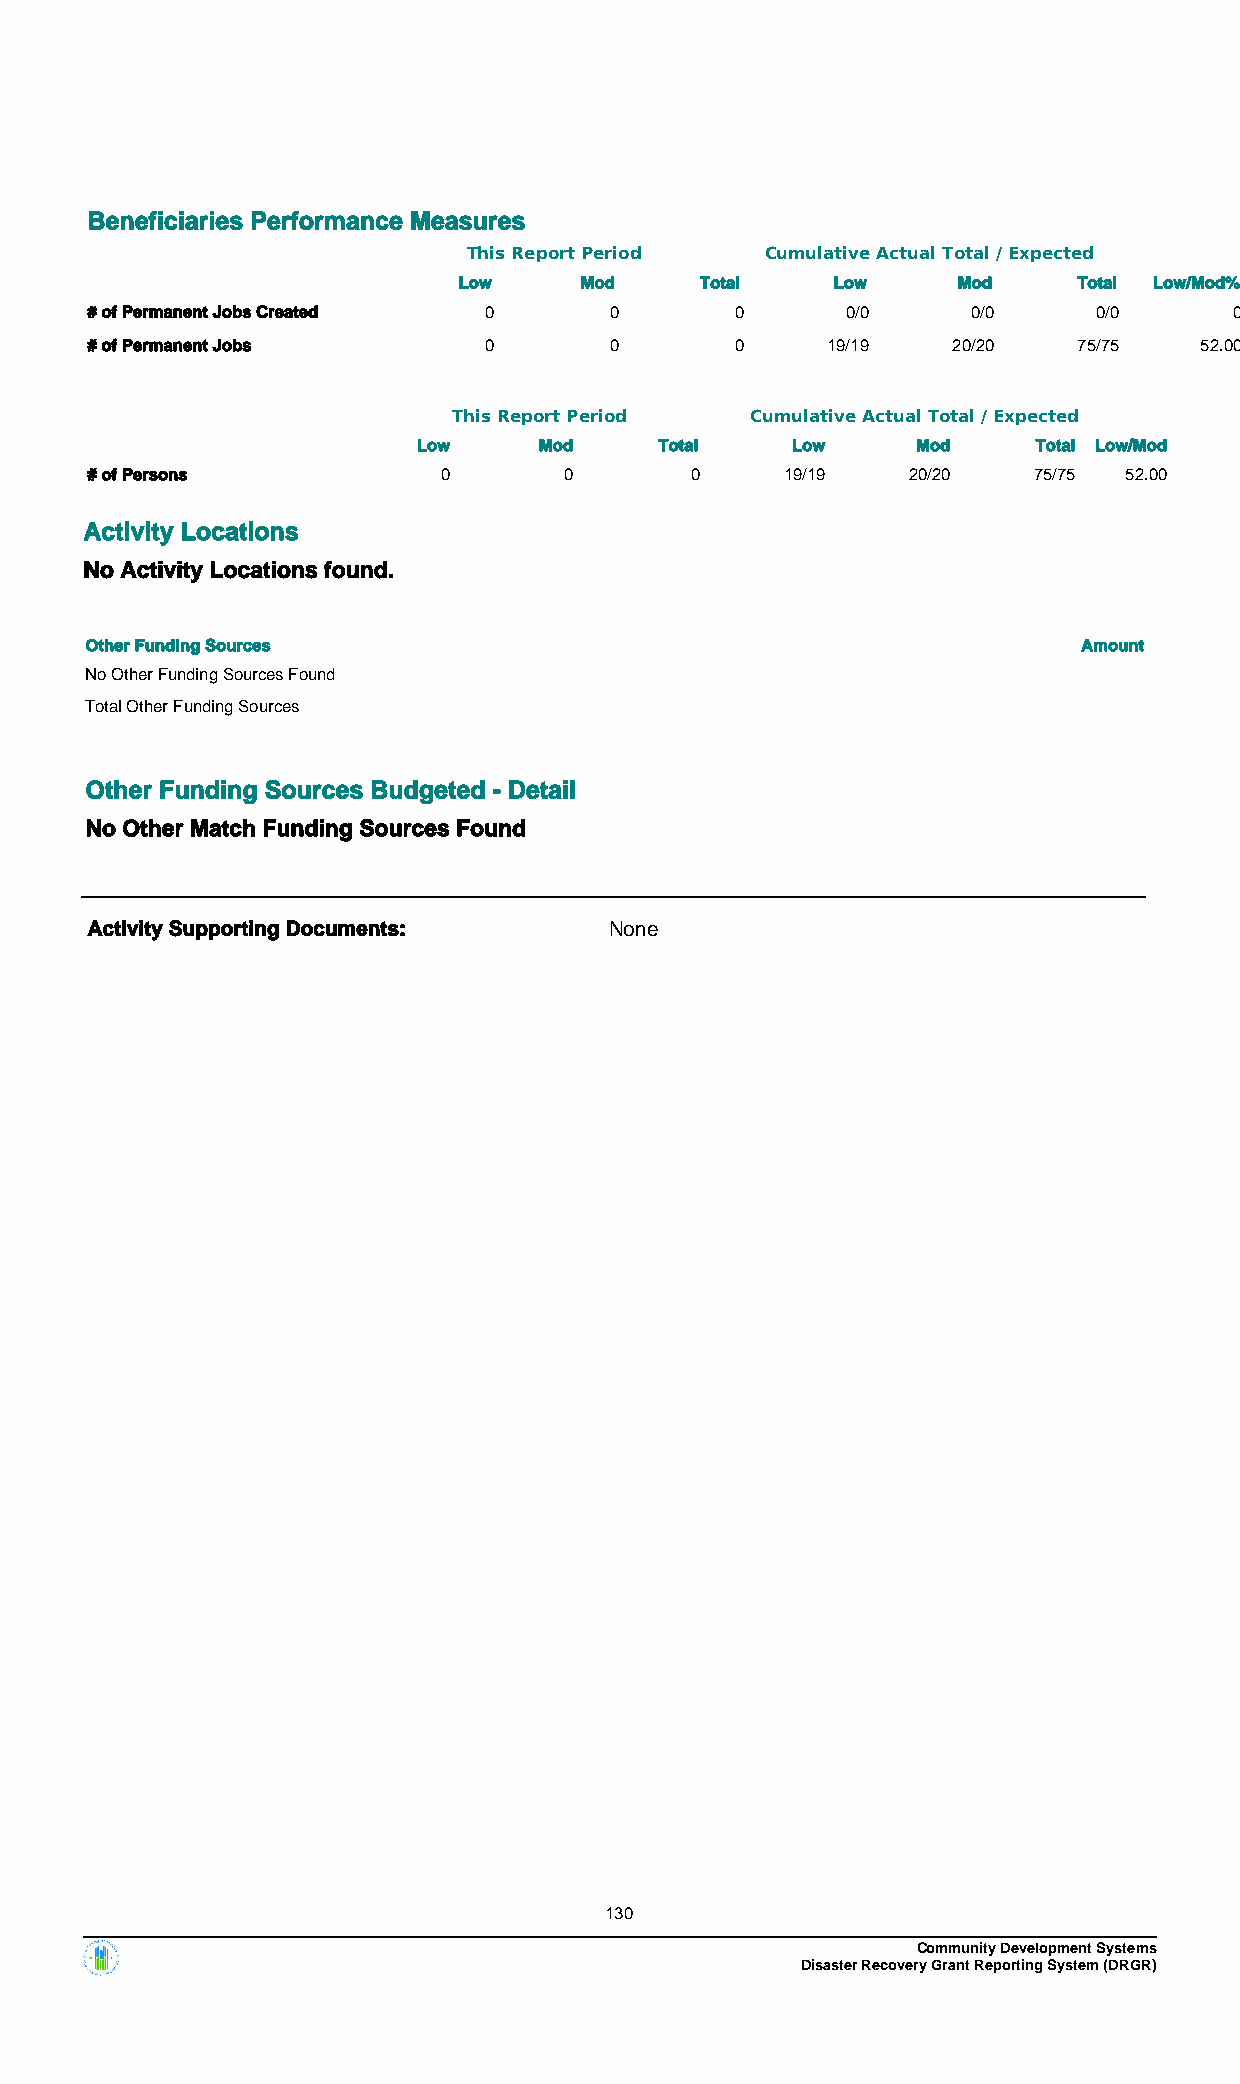
Beneficiaries Performance Measures
 This Report Period  Cumulative Actual Total / Expected
 Low     Mod     Total    Low     Mod     Total Low/Mod%
 # of Permanent Jobs Created 0     0        0      0/0     0/0      0/0      0
 # of Permanent Jobs       0       0        0     19/19   20/20   75/75   52.00
 This Report Period  Cumulative Actual Total / Expected
 Low     Mod     Total   Low      Mod     Total Low/Mod
 # of Persons           0       0        0     19/19   20/20   75/75 52.00
 Activity Locations
 No Activity Locations found.
 Other Funding Sources                                             Amount
 No Other Funding Sources Found
 Total Other Funding Sources
 Other Funding Sources Budgeted - Detail
 No Other Match Funding Sources Found
 Activity Supporting Documents:    None
 130
 Community Development Systems
 Disaster Recovery Grant Reporting System (DRGR)